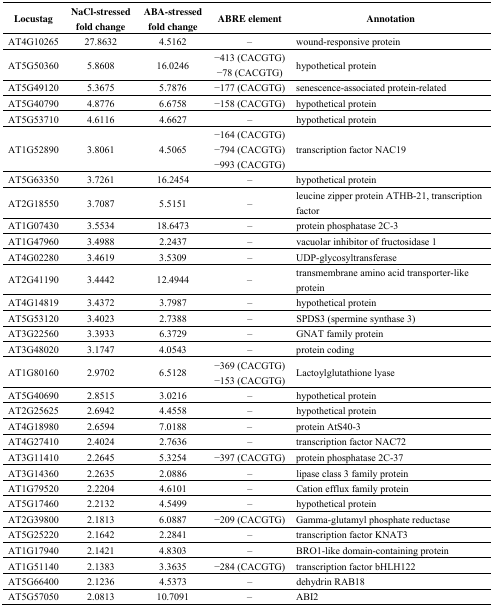
<table><thead><tr><td><b>Locustag</b></td><td><b>NaCl-stressed fold change</b></td><td><b>ABA-stressed fold change</b></td><td><b>ABRE element</b></td><td><b>Annotation</b></td></tr></thead><tbody><tr><td>AT4G10265</td><td>27.8632</td><td>4.5162</td><td>–</td><td>wound-responsive protein</td></tr><tr><td>AT5G50360</td><td>5.8608</td><td>16.0246</td><td>−413 (CACGTG)−78 (CACGTG)</td><td>hypothetical protein</td></tr><tr><td>AT5G49120</td><td>5.3675</td><td>5.7876</td><td>−177 (CACGTG)</td><td>senescence-associated protein-related</td></tr><tr><td>AT5G40790</td><td>4.8776</td><td>6.6758</td><td>−158 (CACGTG)</td><td>hypothetical protein</td></tr><tr><td>AT5G53710</td><td>4.6116</td><td>4.6627</td><td>–</td><td>hypothetical protein</td></tr><tr><td>AT1G52890</td><td>3.8061</td><td>4.5065</td><td>−164 (CACGTG)−794 (CACGTG)−993 (CACGTG)</td><td>transcription factor NAC19</td></tr><tr><td>AT5G63350</td><td>3.7261</td><td>16.2454</td><td>–</td><td>hypothetical protein</td></tr><tr><td>AT2G18550</td><td>3.7087</td><td>5.5151</td><td>–</td><td>leucine zipper protein ATHB-21, transcription factor</td></tr><tr><td>AT1G07430</td><td>3.5534</td><td>18.6473</td><td>–</td><td>protein phosphatase 2C-3</td></tr><tr><td>AT1G47960</td><td>3.4988</td><td>2.2437</td><td>–</td><td>vacuolar inhibitor of fructosidase 1</td></tr><tr><td>AT4G02280</td><td>3.4619</td><td>3.5309</td><td>–</td><td>UDP-glycosyltransferase</td></tr><tr><td>AT2G41190</td><td>3.4442</td><td>12.4944</td><td>–</td><td>transmembrane amino acid transporter-like protein</td></tr><tr><td>AT4G14819</td><td>3.4372</td><td>3.7987</td><td>–</td><td>hypothetical protein</td></tr><tr><td>AT5G53120</td><td>3.4023</td><td>2.7388</td><td>–</td><td>SPDS3 (spermine synthase 3)</td></tr><tr><td>AT3G22560</td><td>3.3933</td><td>6.3729</td><td>–</td><td>GNAT family protein</td></tr><tr><td>AT3G48020</td><td>3.1747</td><td>4.0543</td><td>–</td><td>protein coding</td></tr><tr><td>AT1G80160</td><td>2.9702</td><td>6.5128</td><td>−369 (CACGTG)−153 (CACGTG)</td><td>Lactoylglutathione lyase</td></tr><tr><td>AT5G40690</td><td>2.8515</td><td>3.0216</td><td>–</td><td>hypothetical protein</td></tr><tr><td>AT2G25625</td><td>2.6942</td><td>4.4558</td><td>–</td><td>hypothetical protein</td></tr><tr><td>AT4G18980</td><td>2.6594</td><td>7.0188</td><td>–</td><td>protein AtS40-3</td></tr><tr><td>AT4G27410</td><td>2.4024</td><td>2.7636</td><td>–</td><td>transcription factor NAC72</td></tr><tr><td>AT3G11410</td><td>2.2645</td><td>5.3254</td><td>−397 (CACGTG)</td><td>protein phosphatase 2C-37</td></tr><tr><td>AT3G14360</td><td>2.2635</td><td>2.0886</td><td>–</td><td>lipase class 3 family protein</td></tr><tr><td>AT1G79520</td><td>2.2204</td><td>4.6101</td><td>–</td><td>Cation efflux family protein</td></tr><tr><td>AT5G17460</td><td>2.2132</td><td>4.5499</td><td>–</td><td>hypothetical protein</td></tr><tr><td>AT2G39800</td><td>2.1813</td><td>6.0887</td><td>−209 (CACGTG)</td><td>Gamma-glutamyl phosphate reductase</td></tr><tr><td>AT5G25220</td><td>2.1642</td><td>2.2841</td><td>–</td><td>transcription factor KNAT3</td></tr><tr><td>AT1G17940</td><td>2.1421</td><td>4.8303</td><td>–</td><td>BRO1-like domain-containing protein</td></tr><tr><td>AT1G51140</td><td>2.1383</td><td>3.3635</td><td>−284 (CACGTG)</td><td>transcription factor bHLH122</td></tr><tr><td>AT5G66400</td><td>2.1236</td><td>4.5373</td><td>–</td><td>dehydrin RAB18</td></tr><tr><td>AT5G57050</td><td>2.0813</td><td>10.7091</td><td>–</td><td>ABI2</td></tr></tbody></table>